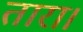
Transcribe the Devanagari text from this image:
तारा।